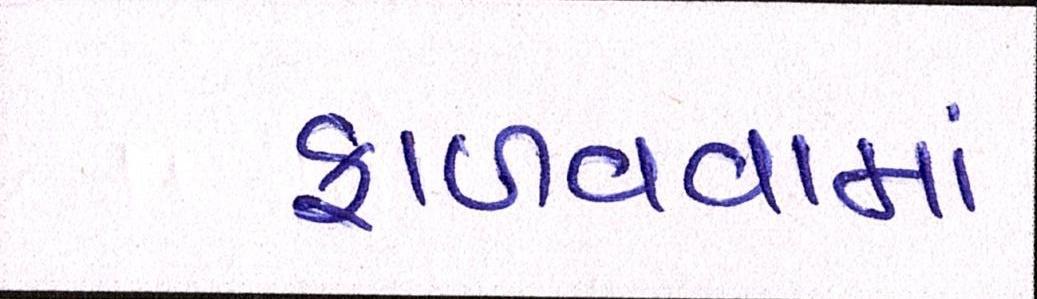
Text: ફાળવવામાં